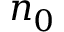
n _ { 0 }